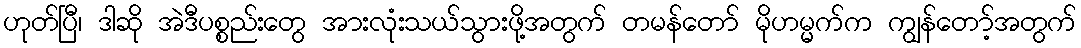
ဟုတ်ပြီ၊ ဒါဆို အဲဒီပစ္စည်းတွေ အားလုံးသယ်သွားဖို့အတွက် တမန်တော် မိုဟမ္မက်က ကျွန်တော့်အတွက်